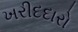
ખરીદદારો